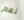
نعم